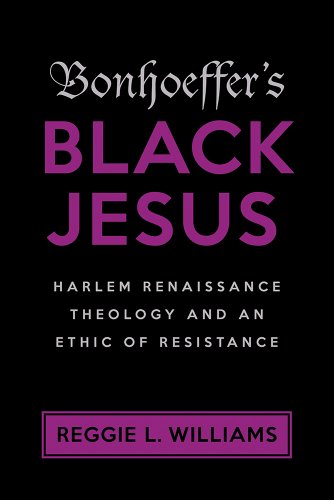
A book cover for Bonhoeffer's Black Jesus: Harlem Renaissance Theology and an Ethic of Resistance; Reggie Williams; Christian Books & Bibles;